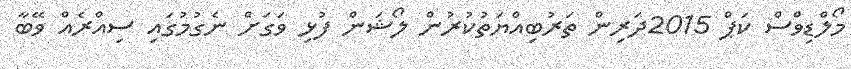
މޯލްޑިވްސް ކަޕް 2015ދަރިން ތަރުބިއްޔަތުކުރުން ލޯޝަން ފުޅި ވަގަށް ނެގުމުގައި ސިއްރެއް ވޭބާ